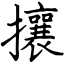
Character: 攘